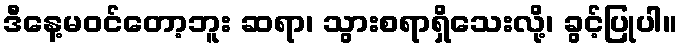
ဒီနေ့မဝင်တော့ဘူး ဆရာ၊ သွားစရာရှိသေးလို့၊ ခွင့်ပြုပါ။